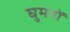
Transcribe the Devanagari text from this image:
घुमनों